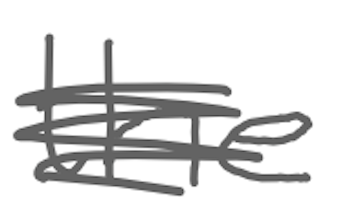
Text: the
Cross-out: scratch
Writing tool: digital_gray